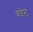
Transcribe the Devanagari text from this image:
कंटेन्ट